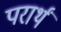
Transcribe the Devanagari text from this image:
परार्थं